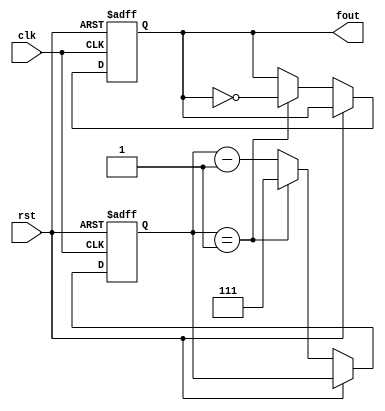
module clkmod_s(clk,fout,rst);
input clk,rst;
output reg fout;
reg [2:0]out;
always@(posedge clk or posedge rst)
begin
if(rst==1)
begin
fout=0;
out=4'b111;
end
else if(rst==0)
begin
if(out==4'b001)
begin
fout=~fout;
out=4'b111;
end
else
out=out-1;
end
end
endmodule